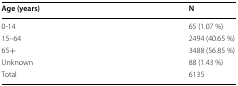
| Age (years) | N |
 | --- | --- |
 | 0-14 | 65 (1.07 %) |
 | 15–64 | 2494 (40.65 %) |
 | 65+ | 3488 (56.85 %) |
 | Unknown | 88 (1.43 %) |
 | Total | 6135 |